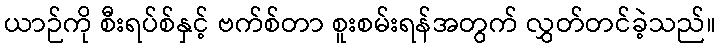
ယာဉ်ကို စီးရပ်စ်နှင့် ဗက်စ်တာ စူးစမ်းရန်အတွက် လွှတ်တင်ခဲ့သည်။